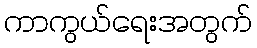
ကာကွယ်ရေးအတွက်